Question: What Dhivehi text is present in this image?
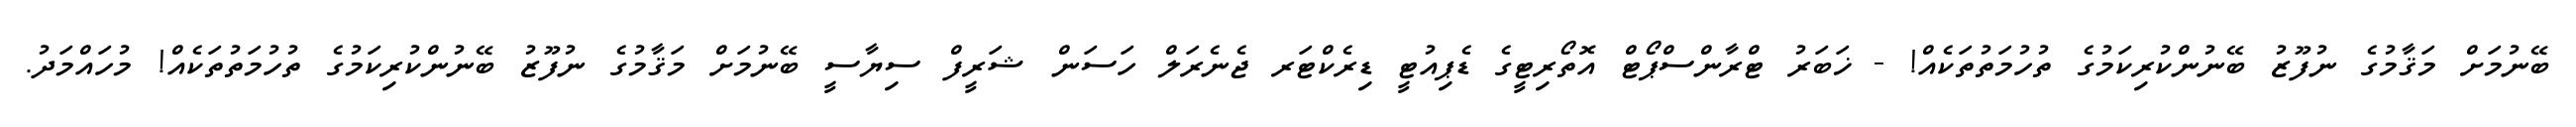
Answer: ބޭނުމަށް މަޤާމުގެ ނުފޫޒު ބޭނުންކުރިކަމުގެ ތުހުމަތުތަކެއް! - ޚަބަރު ޓްރާންސްޕޯޓް އޮތޯރިޓީގެ ޑެޕިއުޓީ ޑިރެކްޓަރ ޖެނެރަލް ހަސަން ޝަރީފް ސިޔާސީ ބޭނުމަށް މަޤާމުގެ ނުފޫޒު ބޭނުންކުރިކަމުގެ ތުހުމަތުތަކެއް! މުހައްމަދު.